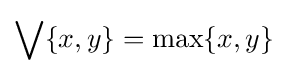
\bigvee \{x,y\}=\max\{x,y\}